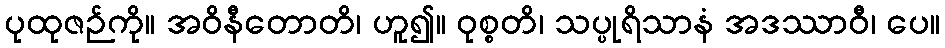
ပုထုဇဉ်ကို။ အဝိနီတောတိ၊ ဟူ၍။ ဝုစ္စတိ၊ သပ္ပုရိသာနံ အဒဿာဝီ၊ ပေ။